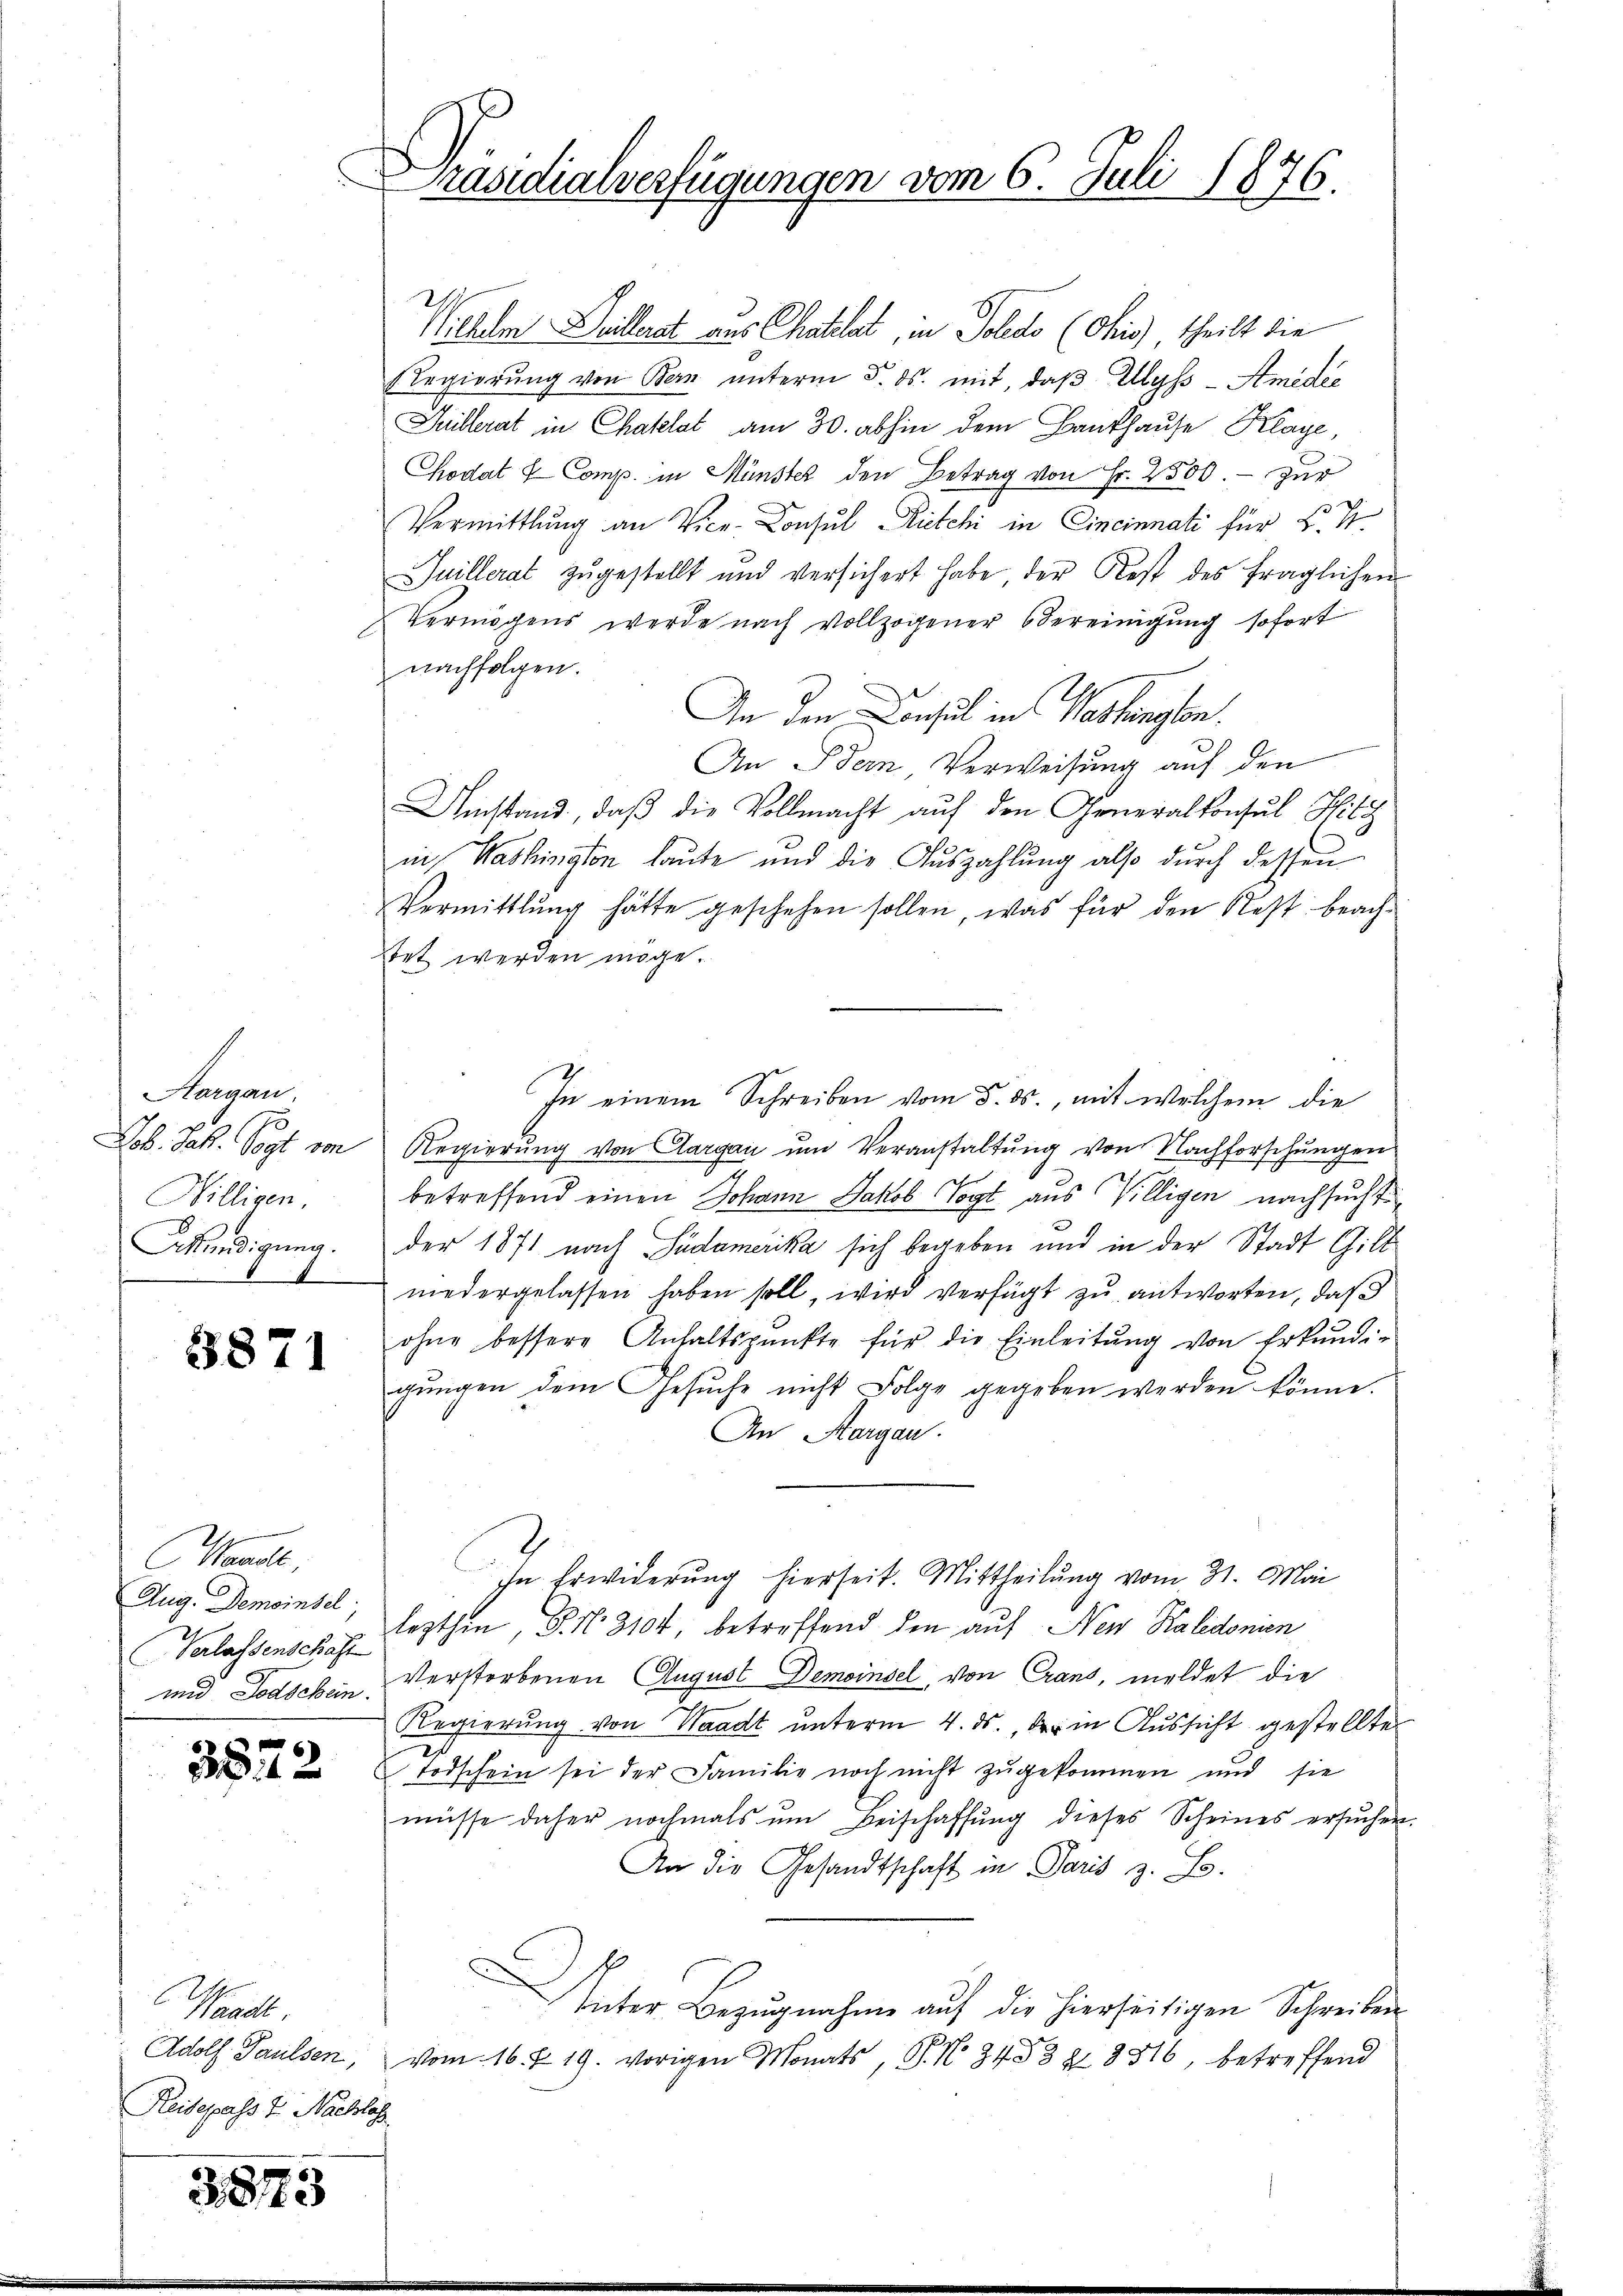
Hargau,
Willigen.
Akündigung.
f

3871

anell
Aug. Demoinsel

3872

Waadt
Reisepass J. Nachlaf

3873

räsidialverfügungen vom 6. Juli 1876.

Wichen Leillerat aus Chatelet, in Solido (Chis), theilt die
Regierŭng von Bern ŭnterm 5. ds. mit, daβ Ulyss - Amidee
Juillerat in Chaklat am 30. abhin dem Bankhause Klage,
Codat & Comp. in Münster den Betrag von Fr. 2500. - zur
Vermittlung an Vice-Consul Ritchi in Cincinnati für F. S.
Juillerat zugestellt und versichert habe der Rest des fraglichen
Vermögens werde nach Vollzogener Vereinigung sofort
nachfolgen.
An den Consul in Washington
An Dein Verweisung auf den
Umstand, daß die Vollmacht auf den Generalkonsul Hitz
in Washington laute und die Auszahlung also durch dessen
Vermittlung hätte geschehen sollen, was für den Rest beachtet werden möge.
In einem Schreiben vom 5. ds., mit welchem die
Joh. Jak. Vogt von Regierŭng von Aargau ŭm Veranstaltŭng von Nachforschŭngen
betreffend einen Johann Jakob Vogt aus Willigen nachsucht
der 1871 nach Südamerika sich begeben und in der Stadt Gilt
niedergelassen haben soll, wird verfügt zu antworten, daß
ohne bessere Anhaltspunkte für die Einleitŭng von Erkŭndi-
gŭngen dem Gesŭche nicht Folge gegeben werden könne.
An Margau.
In Erwiderung hierseit. Mittheilung vom 31. Mai
Verlassensche lezthin, D. N. 8104, betreffend den auf New Kalidonien
und Todschen Verstorbenen August Demoinsel, von Crans, meldet die
Regierung von Waadt unterm 4. ds., der in Aussicht gestellte
Todschein sei der Familie noch nicht zugekommen und sie
müsse daher nochmals um Beischaffung dieses Scheines ersuchen
An die Gesandtschaft in Paris z. B.
u
Unter Bezugnahme auf die hierseitigen Schreiben
Adolf Paulsen, vom 16. & 19. vorigen Monats, P. No 34532. 8316, betreffend